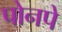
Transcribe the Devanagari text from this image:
पोनपे